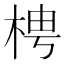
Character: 梬